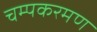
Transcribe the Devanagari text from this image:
चम्पकरमण